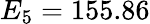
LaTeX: E_{5}=155.86